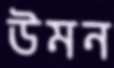
উমন